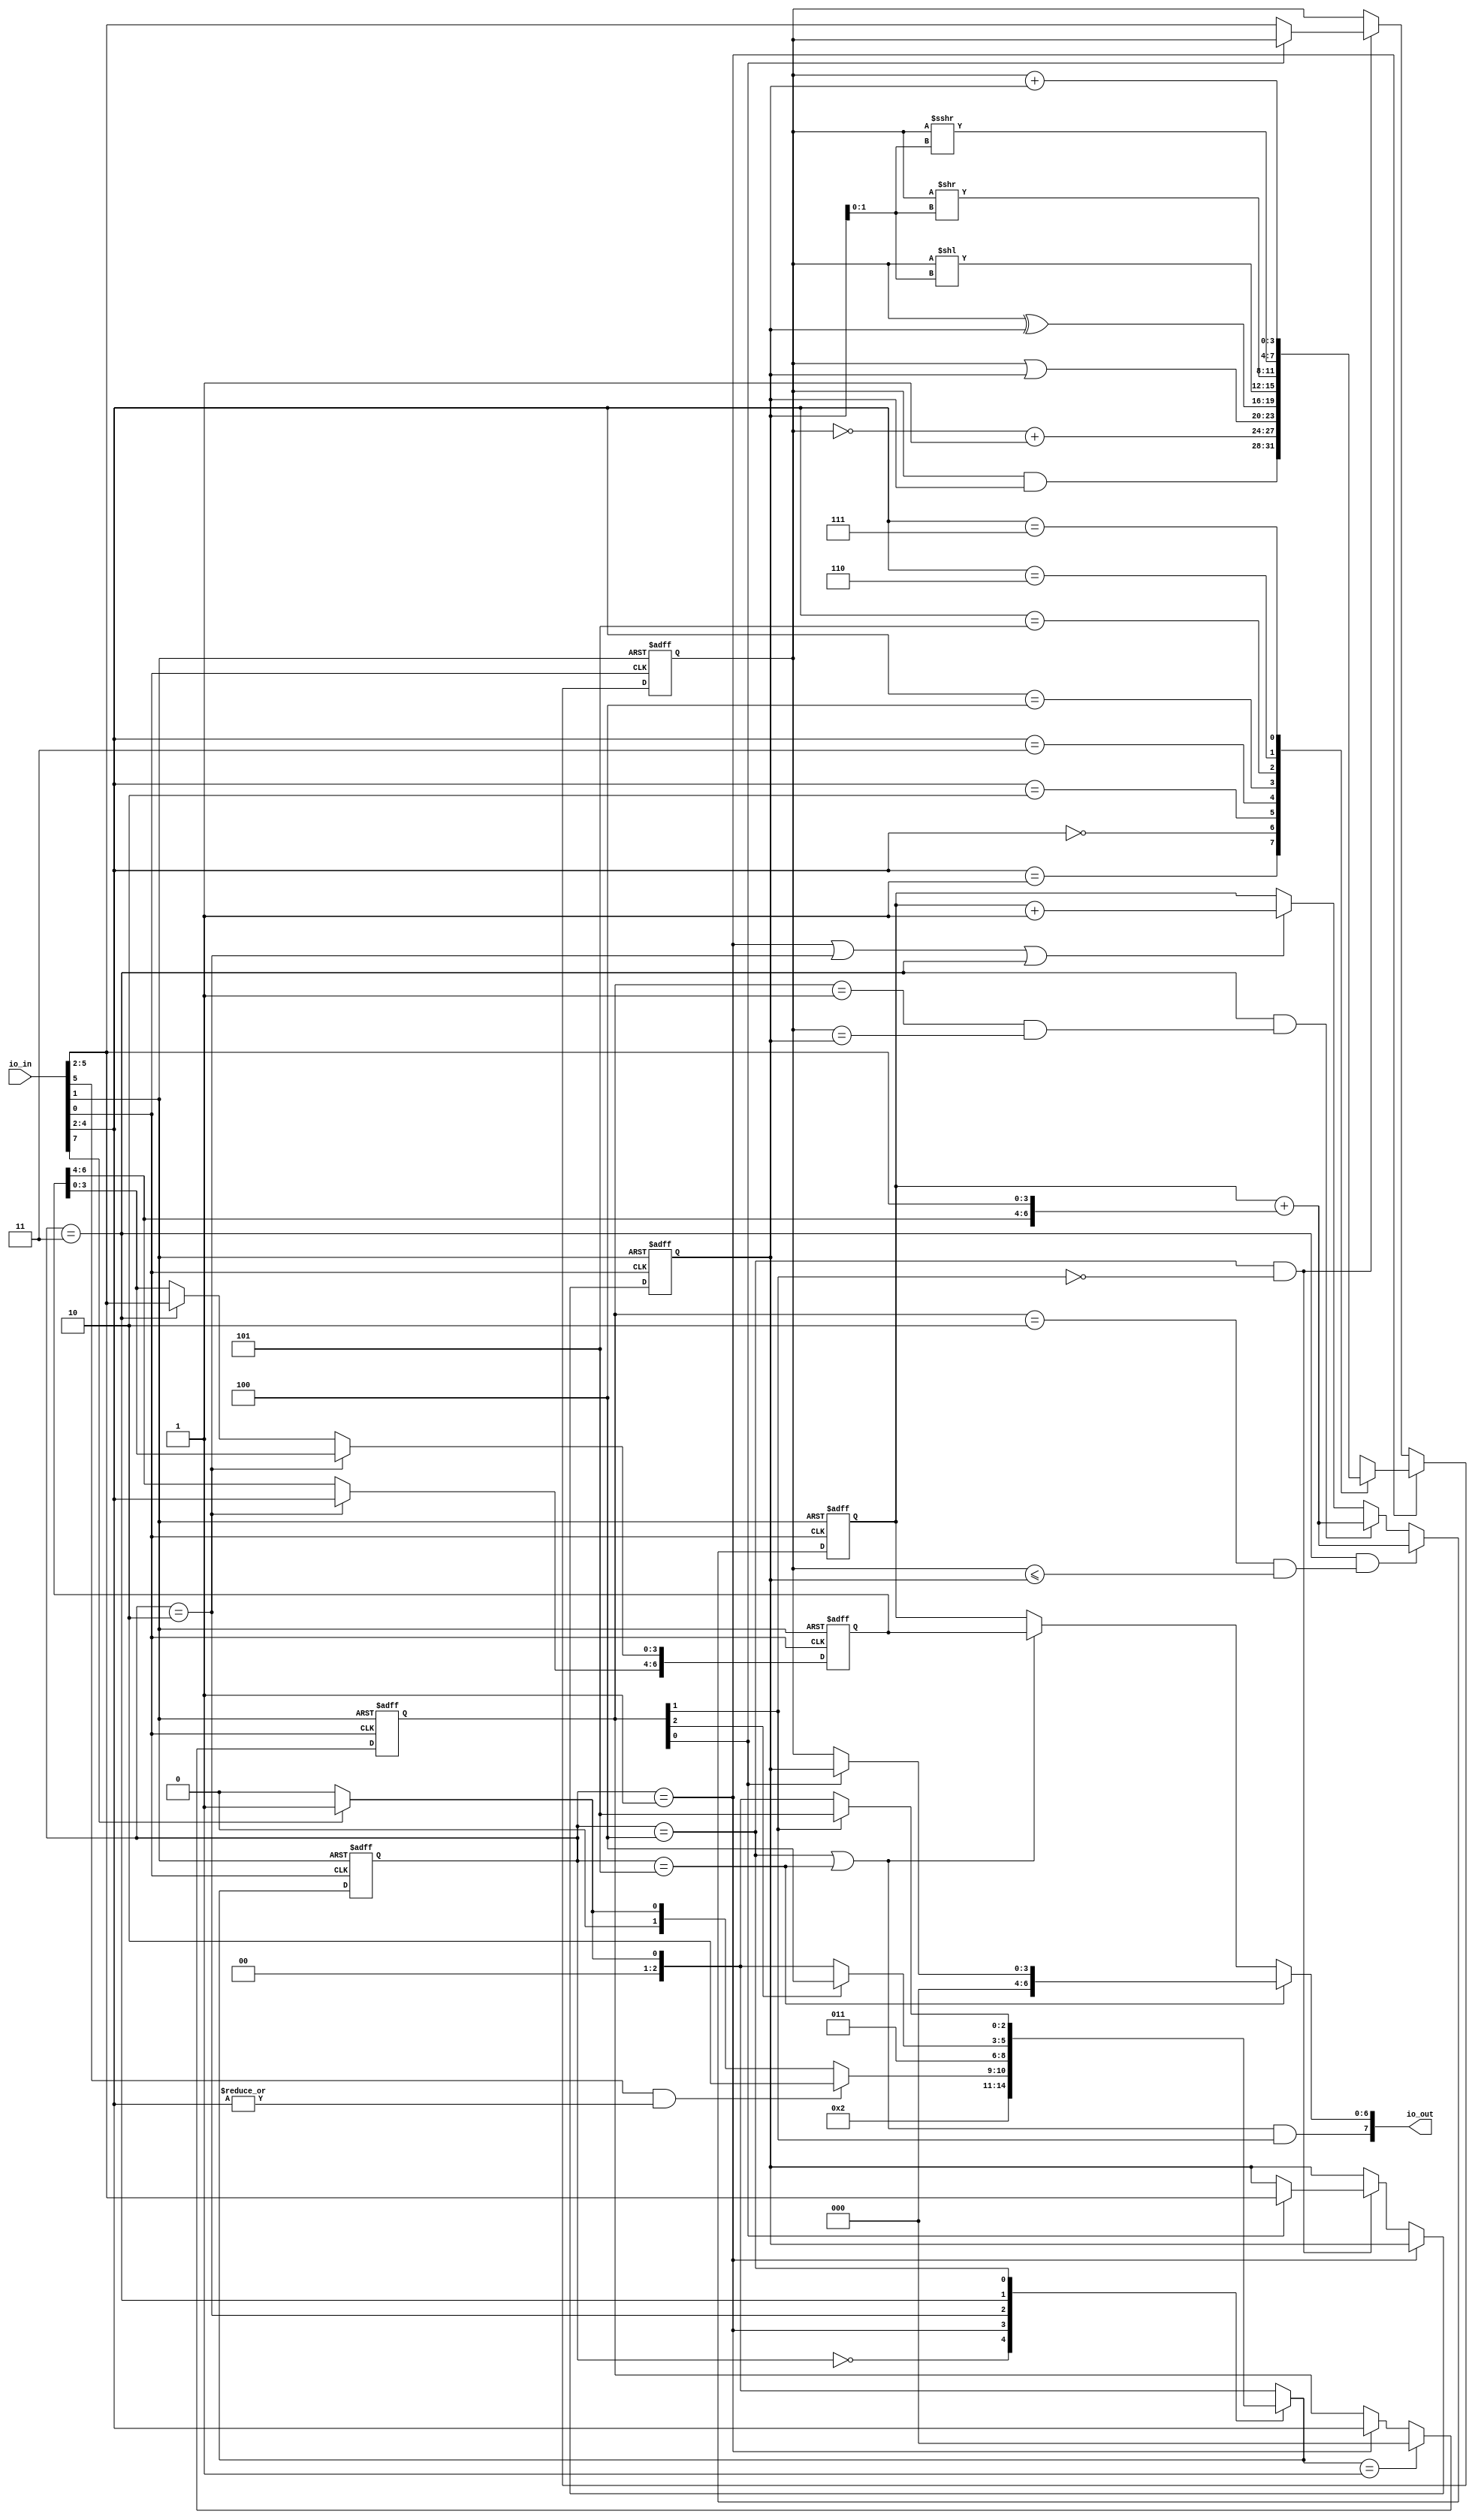
`default_nettype none

module user_module_341476989274686036(
    input [7:0] io_in,
    output [7:0] io_out
    );
    
    localparam OP_NGA = 4'h0;
    localparam OP_AND = 4'h1;
    localparam OP_OR  = 4'h2;
    localparam OP_XOR = 4'h3;
    localparam OP_SLL = 4'h4;
    localparam OP_SRL = 4'h5;
    localparam OP_SRA = 4'h6;
    localparam OP_ADD = 4'h7;
    localparam OP_NOP = 4'h8;
    localparam OP_BEQ = 4'h9;
    localparam OP_BLE = 4'hA;
    localparam OP_JMP = 4'hB;
    localparam OP_LDA = 4'hC;
    localparam OP_LDB = 4'hD;
    localparam OP_STA = 4'hE;
    localparam OP_STB = 4'hF;
    
    wire clk = io_in[0];
    wire rst_p = io_in[1];
    wire[3:0] data_in = io_in[5:2];
    wire fast = io_in[7];
    
    wire wcyc;
    wire[6:0] addr;
    
    reg[3:0] reg_a;
    reg[3:0] reg_b;
    reg[6:0] tmp;
    reg[6:0] pc;
    
    reg[2:0] opcode_lsb;
        
    localparam STATE_ADDR  = 3'h0; //Fetch
    localparam STATE_OP    = 3'h1; //Execute
    localparam STATE_MEM1  = 3'h2; //AddrH
    localparam STATE_MEM2  = 3'h3; //AddrL
    localparam STATE_MEM3  = 3'h4; //Load or Put Write ADDR
    localparam STATE_MEM4  = 3'h5; //Write DATA
    reg[2:0] state;
    reg[2:0] next_state;

    always@(posedge clk or posedge rst_p) begin
        if(rst_p) begin
            opcode_lsb <= 0;
        end else begin
            if(next_state == STATE_OP)
                opcode_lsb <= 0;
            else if(state == STATE_OP) begin
                opcode_lsb <= data_in[2:0];
            end
        end
    end

    always@(posedge clk or posedge rst_p) begin
        if(rst_p) state <= STATE_ADDR;
        else state <= next_state;
    end 
    
    always@(*) begin
        next_state <= fast ? STATE_OP : STATE_ADDR;
        case(state)
            STATE_ADDR: next_state <= STATE_OP;
            STATE_OP: if(data_in[3] & |data_in[2:0]) next_state <= STATE_MEM1;
            STATE_MEM1: next_state <= STATE_MEM2;
            STATE_MEM2: if(opcode_lsb[2]) next_state <= STATE_MEM3;
            STATE_MEM3: if(opcode_lsb[1]) next_state <= STATE_MEM4;
        endcase
    end
    
    always@(posedge clk or posedge rst_p) begin
        if(rst_p) begin
            reg_a <= 0;
            reg_b <= 0;
        end else begin
            if(state == STATE_OP)
                case(data_in[2:0])
                    OP_AND: reg_a <= reg_a & reg_b;
                    OP_NGA: reg_a <= ~reg_a + 1;
                    OP_OR:  reg_a <= reg_a | reg_b;
                    OP_XOR: reg_a <= reg_a ^ reg_b;
                    OP_SLL: reg_a <= reg_a << reg_b[1:0];
                    OP_SRL: reg_a <= reg_a >> reg_b[1:0];
                    OP_SRA: reg_a <= reg_a >>> reg_b[1:0];
                    OP_ADD: reg_a <= reg_a + reg_b;
                endcase
            else if(state == STATE_MEM3 && !opcode_lsb[1])
                if(opcode_lsb[0]) reg_b <= data_in;
                else reg_a <= data_in;
        end
    end
    
    always@(posedge clk or posedge rst_p) begin
        if(rst_p)
            tmp <= 0;
        else if(state == STATE_MEM1) tmp[6:4] <= data_in[2:0];
        else if(state == STATE_MEM2) tmp[3:0] <= data_in;
    end    
    
    always@(posedge clk or posedge rst_p) begin
        if(rst_p) pc <= 0;
        else if(state == STATE_MEM2 && ((opcode_lsb[2:0]==OP_BLE[2:0]) && (reg_a <= reg_b))) pc <= pc + {tmp[6:4],data_in};
        else if(state == STATE_MEM2 && ((opcode_lsb[2:0]==OP_BEQ[2:0]) && (reg_a == reg_b))) pc <= pc + {tmp[6:4],data_in};
        else if(state == STATE_MEM2 && (opcode_lsb[2:0]==OP_JMP)) pc <= {tmp[6:4],data_in};
        else if(state == STATE_OP || state == STATE_MEM1 || state == STATE_MEM2) pc <= pc + 1;
    end
    
    assign wcyc = ((state == STATE_MEM3) || (state == STATE_MEM4)) & opcode_lsb[1];
    assign addr = ((state == STATE_MEM3) || (state == STATE_MEM4)) ? tmp : pc;
    assign io_out[6:0] = state == STATE_MEM4 ? (opcode_lsb[0] ? {3'b0,reg_b} : {3'b0,reg_a}) : addr;
    assign io_out[7] = wcyc;
    
endmodule